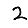
Digit: 2